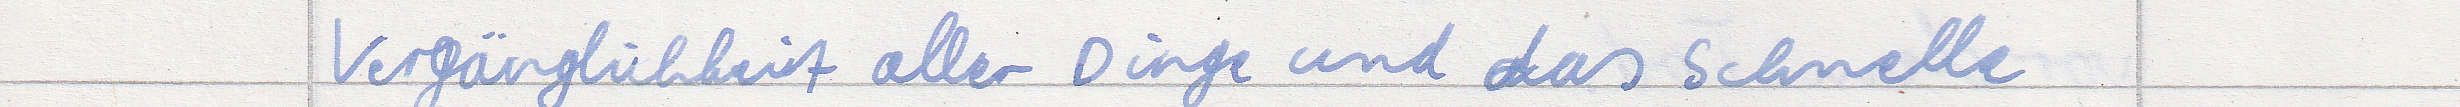
Vergänglichkeit aller Dinge und das schnelle